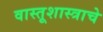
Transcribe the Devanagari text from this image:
वास्तूशास्त्राचे